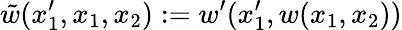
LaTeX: \tilde{w}(x_{1}^{\prime},x_{1},x_{2}):=w^{\prime}(x_{1}^{\prime},w(x_{1},x_{2}))